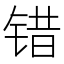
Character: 错